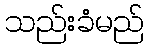
သည်းခံမည်